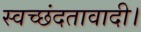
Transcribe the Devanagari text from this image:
स्वच्छंदतावादी।